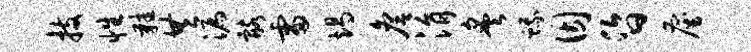
技性鞋共漏髂雷竭詹涓炙蛾因昏雇